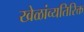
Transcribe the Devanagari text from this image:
खेळांव्यतिरिक्त